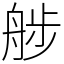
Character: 䑰